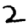
Digit: 2